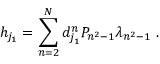
{ h } _ { j _ { 1 } } = \sum _ { n = 2 } ^ { N } d _ { j _ { 1 } } ^ { n } P _ { n ^ { 2 } - 1 } \lambda _ { n ^ { 2 } - 1 } \ .